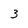
Character: 3